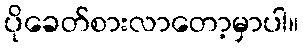
ပိုခေတ်စားလာတော့မှာပါ။